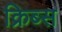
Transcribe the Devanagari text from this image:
क्रिब्स